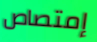
إمتصاص